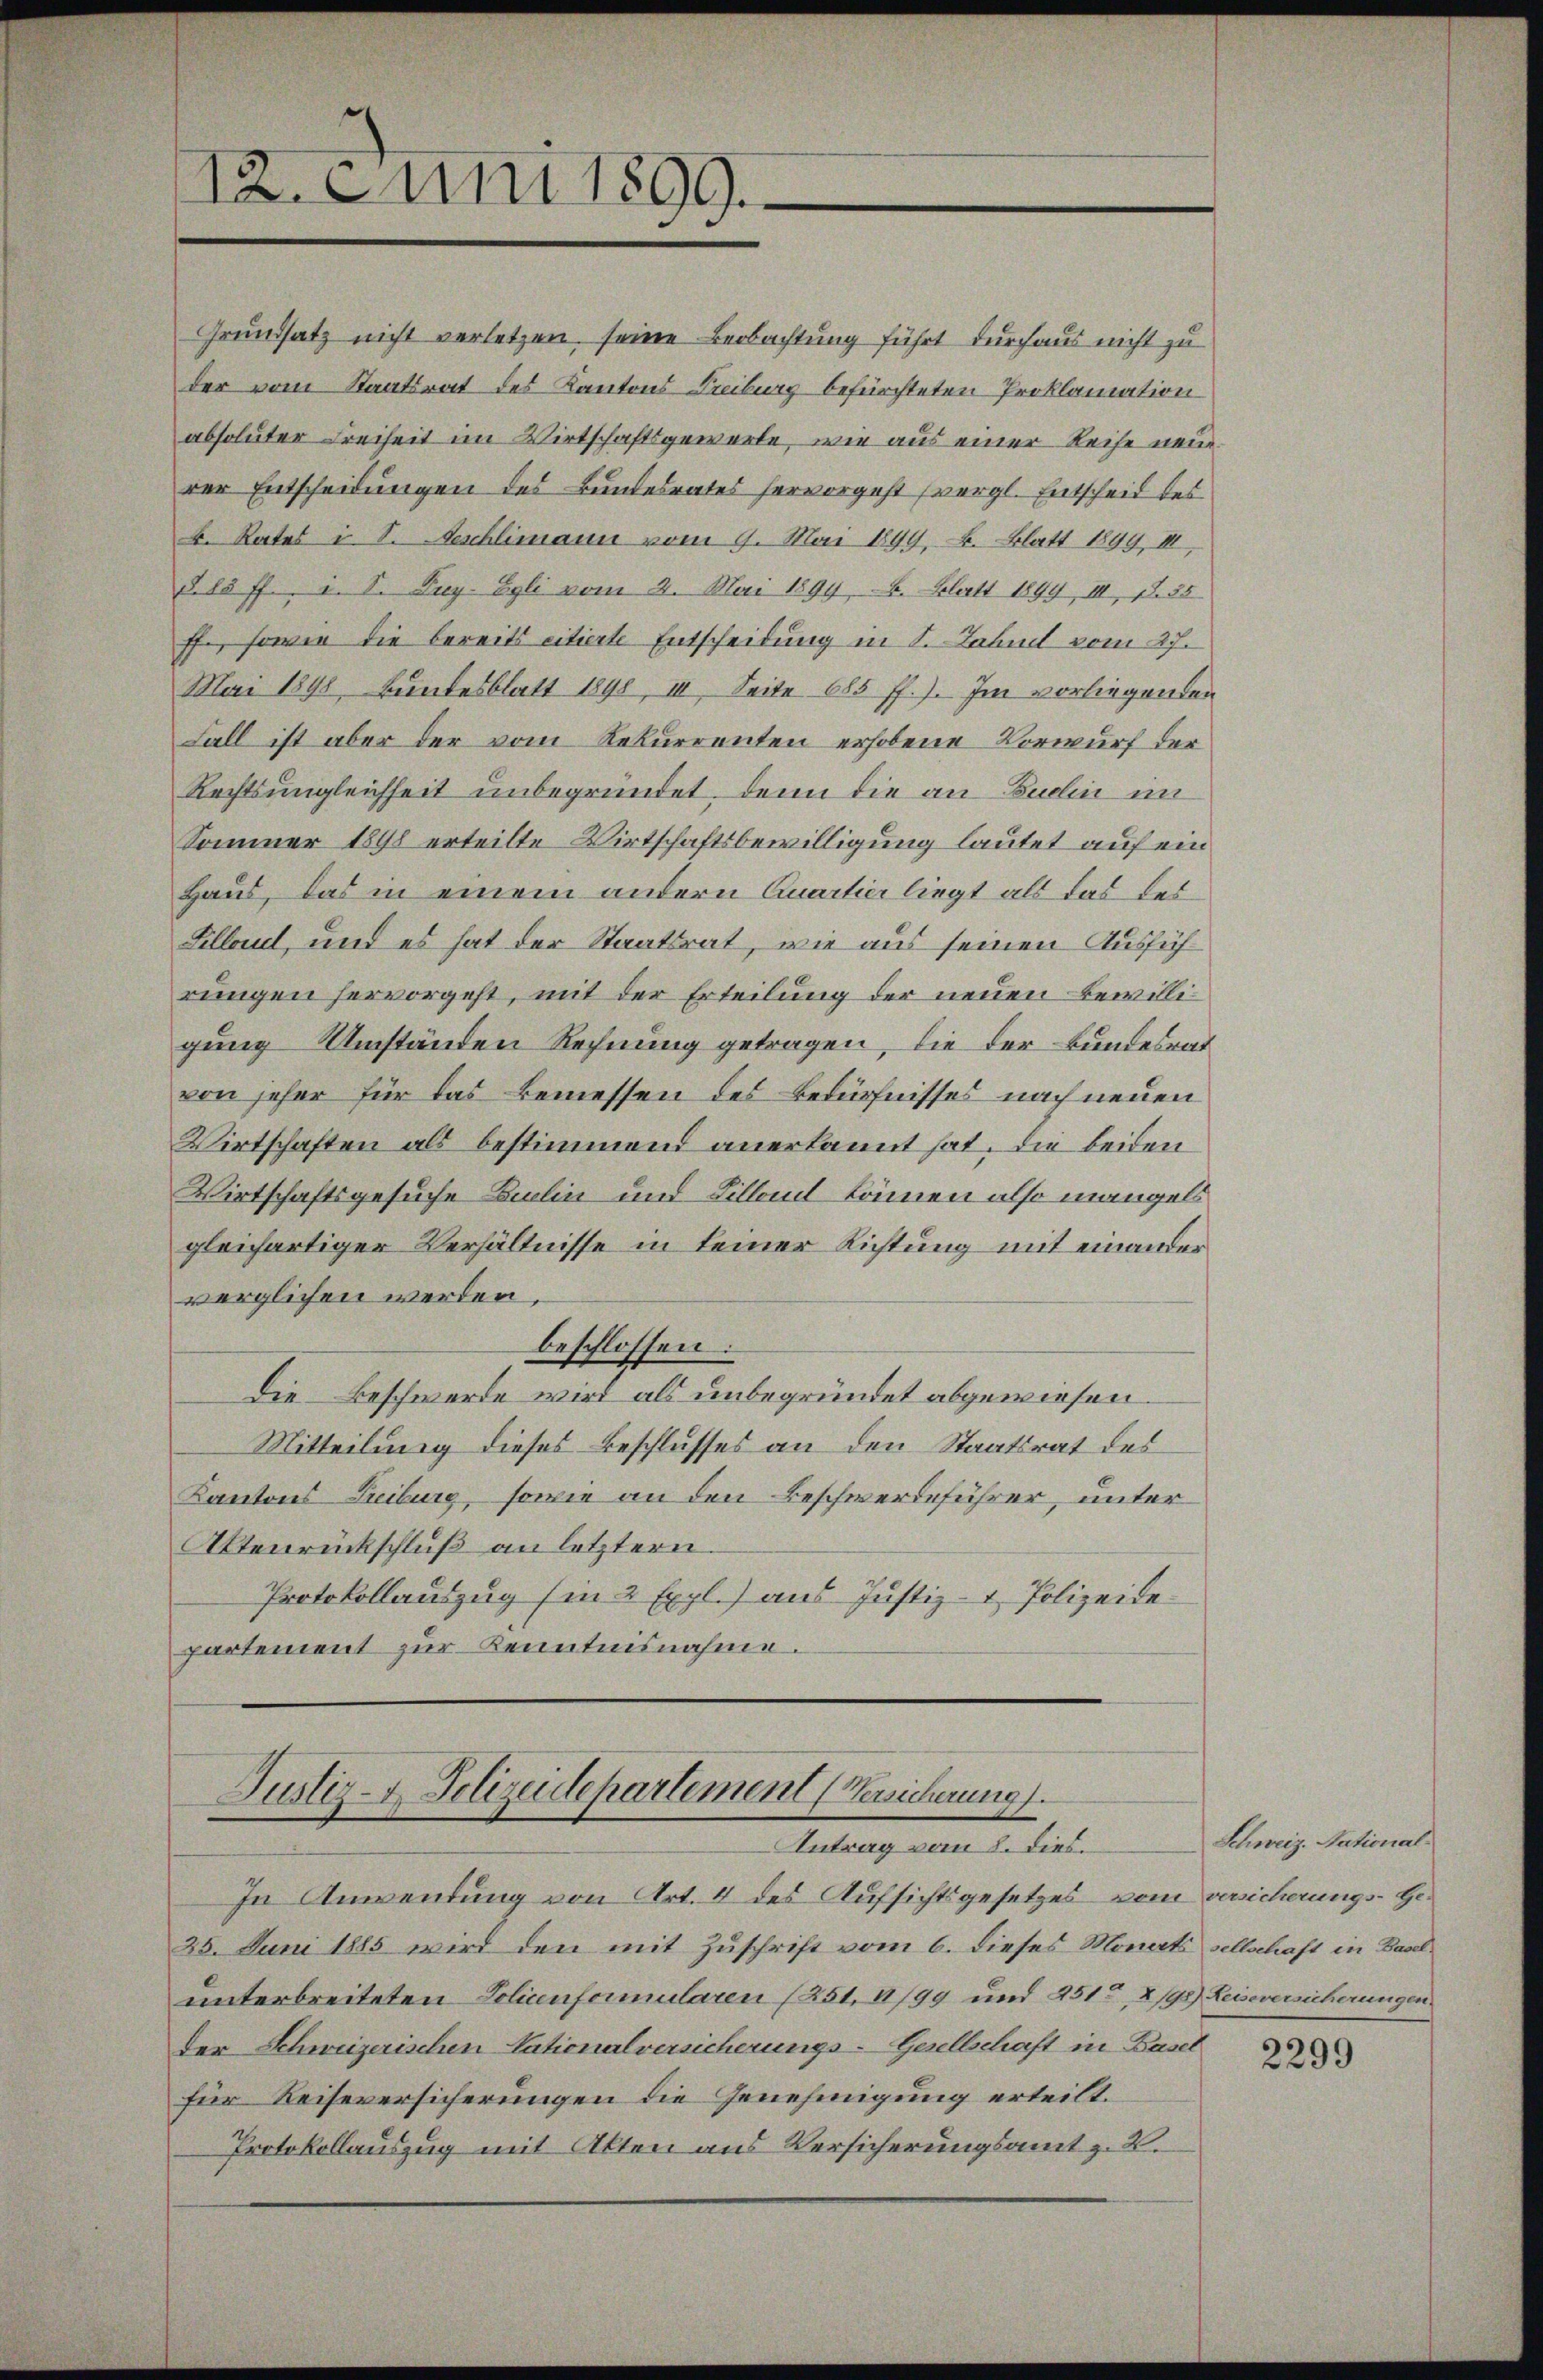
12. Juni 1899.

Grundsatz nicht verletzen, seine Beobachtung führt durchaus nicht zu
der vom Staatsrat des Kantons Freiburg befürchteten Proklamation
absoluter Freiheit im Wirtschaftsgewarte, wie aus einer Reise neue
rer Entscheidungen des Bundesrates hervorgeht (vergl. Entscheit des
b. Rates i. S. Neschlimann vom 9. Mai 1899, S. Blatt 1899, III,
§ 85 ff., i. S. Puy. Egli vom 2. Mai 1894, B. Blatt 1899, III, Nr. 35
ff., sowie die bereits citierte Entscheidung in S. Zahl vom 27.
Mai 1898 bundesblatt 1898, III. Seite 685 ff.). Im vorliegenden
Fall ist aber der vom Rekurrenten erhobene Vorwurf der
Rechtsungleichheit unbegründet, denn die an Budlin im
Sommer 1898 erteilte Wirtschaftsbewilligung lautet auf ein
Haus, das in einem andern Quartier liegt als das des
Selland, und es hat der Staatsrat, wie aus seinen Ausfüh
rungen hervorgeht, mit der Erteilung der neuen Bewilligung Umständen Rechnung getragen, die der Bundesrat
von jeher für das Bemessen des Bedürfnisses nach neuen
Wirtschaften als bestimmend anerkannt hat, die beiden
Wirtschaftsgesuche Kulin und Billant können also mangels
gleichartiger Verhältnisse in keiner Richtung mit einander
verglichen werden,
beschlossen:
Die Beschwerde wird als unbegründet abgewiesen.
Mitteilung dieses Beschlusses an den Staatsrat des
Kantons Treiburg, sowie an den Beschwerdeführer, unter
Aktenrückschluß an letztern.
Protokollauszug (in 2 Expl.) aus Justiz- & Polizeidepartement zur Kenntnisnahme.

Justiz- & Polizeidepartement (Versicherung
Antrag vom 2. dies.

In Anwendung von Art. 4 des Aufsichtsgesetzes vom versicherungs-Ge¬
25. Juni 1885 wird den mit Zuschrift vom 6. dieses Monats sellschaft in Baselunterbreiteten Policenformularen (251, 4/99 und 251, 2/98) Reiseversicherungen
der Schweizerischen Nationalversicherungs-Gesellschaft in Basel
für Reiseversicherungen die Genehmigung erteilt.
Protokollauszug mit Alten aus Versicherungsamt z. B.

Schweiz. National¬

2299